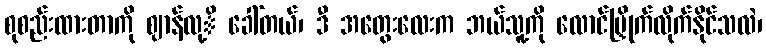
စုစည်းထားတာကို ဈာန်လု့ိ ခေါ်တယ်၊ ဒီ အတွေးလေးက ဘယ်သူ့ကို လောင်မြှိုက်လိုက်နိုင်သလဲ၊